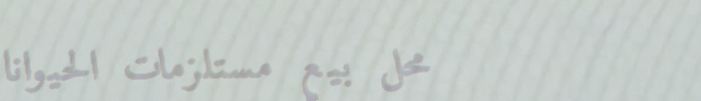
محل بيع مستلزمات الحيوانا